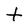
Character: t